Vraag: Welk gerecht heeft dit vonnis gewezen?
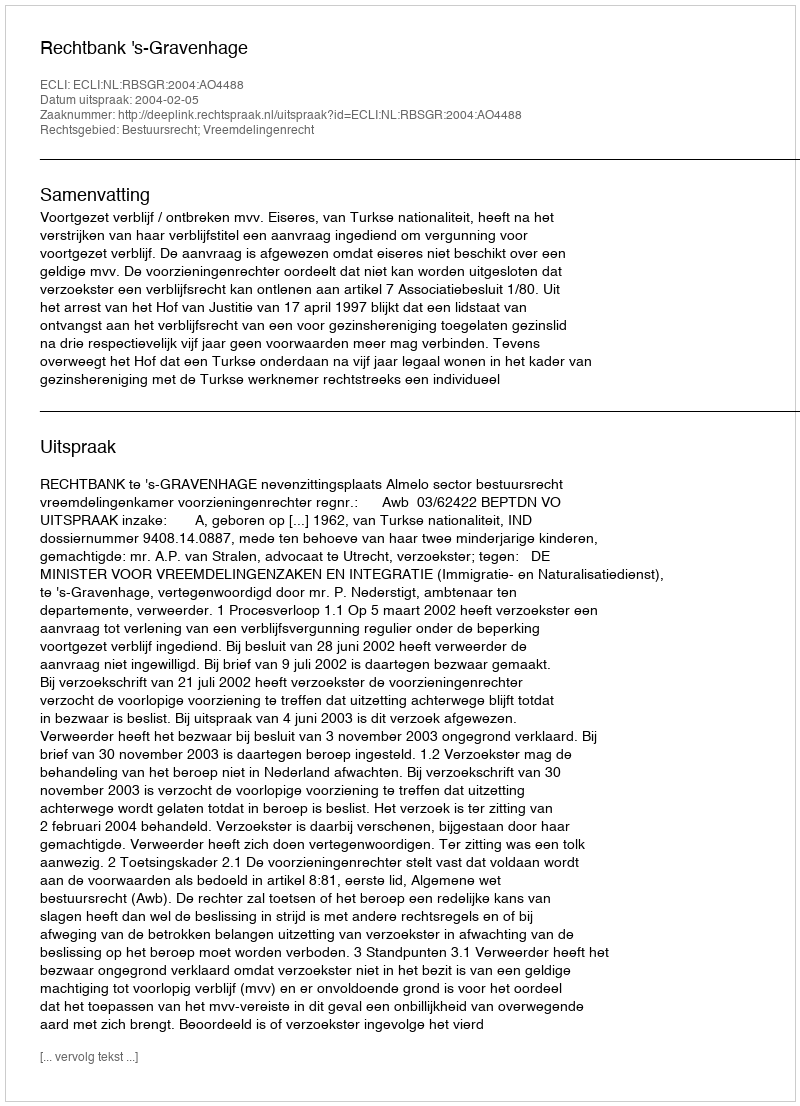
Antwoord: Rechtbank 's-Gravenhage